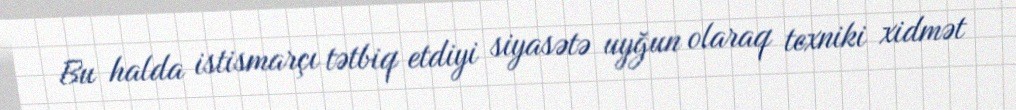
Bu halda istismarçı tətbiq etdiyi siyasətə uyğun olaraq texniki xidmət